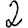
Digit: 2